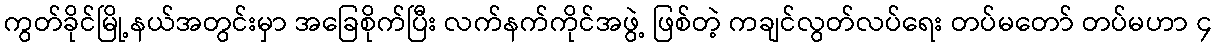
ကွတ်ခိုင်မြို့နယ်အတွင်းမှာ အခြေစိုက်ပြီး လက်နက်ကိုင်အဖွဲ့ ဖြစ်တဲ့ ကချင်လွတ်လပ်ရေး တပ်မတော် တပ်မဟာ ၄